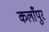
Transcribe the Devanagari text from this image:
कलाँपुर